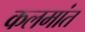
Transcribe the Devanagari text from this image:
कलमांत